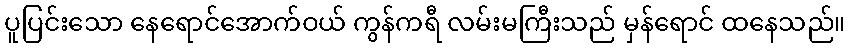
ပူပြင်းသော နေရောင်အောက်ဝယ် ကွန်ကရီ လမ်းမကြီးသည် မှန်ရောင် ထနေသည်။